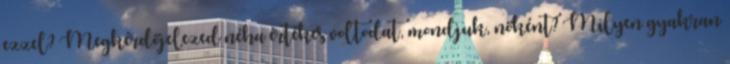
ezzel? Megkérdőjelezed néha értékes voltodat, mondjuk, nőként? Milyen gyakran